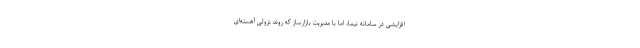
افزایشی در سامانه نیما، اما با مدیریت بازارساز که روند نزولی آهسته‌ای